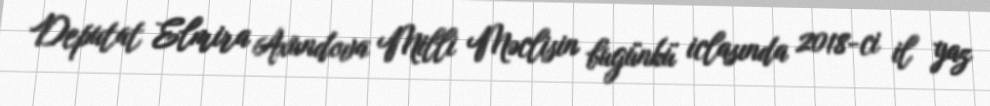
Deputat Elmira Axundova Milli Məclisin bugünkü iclasında 2018-ci il yaz